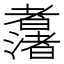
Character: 𱻯